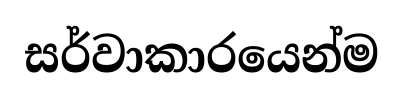
සර්වාකාරයෙන්ම